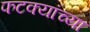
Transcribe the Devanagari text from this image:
फटक्यांच्या